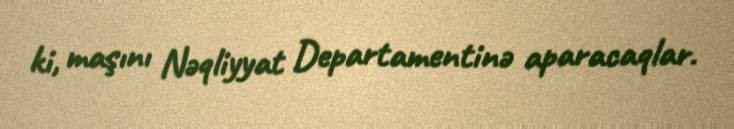
ki, maşını Nəqliyyat Departamentinə aparacaqlar.